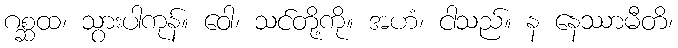
ဂစ္ဆထ၊ သွားပါကုန်။ ဝေါ၊ သင်တို့ကို။ အဟံ၊ ငါသည်။ န နေဿာမီတိ၊